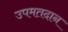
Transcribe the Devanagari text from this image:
उपमतदान